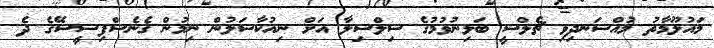
މައުލޫމާތު މުއްސަނދިވި ޗެލްސީ ބަލިނުވުމުގެ ސިލްސިލާ އަށް ނިއުކާސަލުން ނިމުން ގެނެސްފިސީސޭގެ ދެ